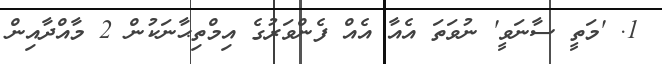
1. 'މަތީ ސާނަވީ' ނުވަތަ އެއާ އެއް ފެންވަރުގެ އިމްތިޙާނަކުން 2 މާއްދާއިން